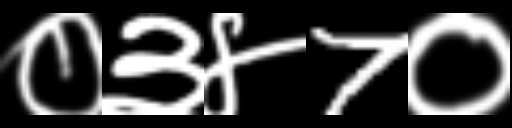
Text: ०३४7०